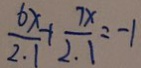
\frac { 6 x } { 2 . 1 } + \frac { 7 x } { 2 . 1 } = - 1